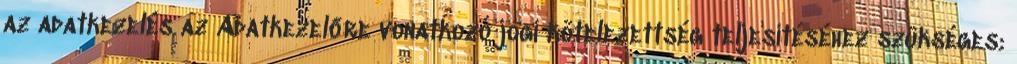
az adatkezelés az Adatkezelőre vonatkozó jogi kötelezettség teljesítéséhez szükséges;